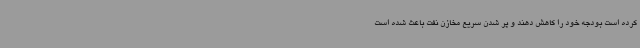
کرده است بودجه خود را کاهش دهند و پر شدن سریع مخازن نفت باعث شده است